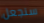
سنجعل